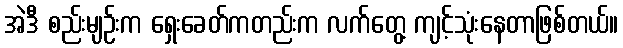
အဲဒီ စည်းမျဉ်းက ရှေးခေတ်ကတည်းက လက်တွေ့ ကျင့်သုံးနေတာဖြစ်တယ်။